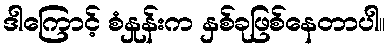
ဒါကြောင့် စံနှုန်းက နှစ်ခုဖြစ်နေတာပါ။